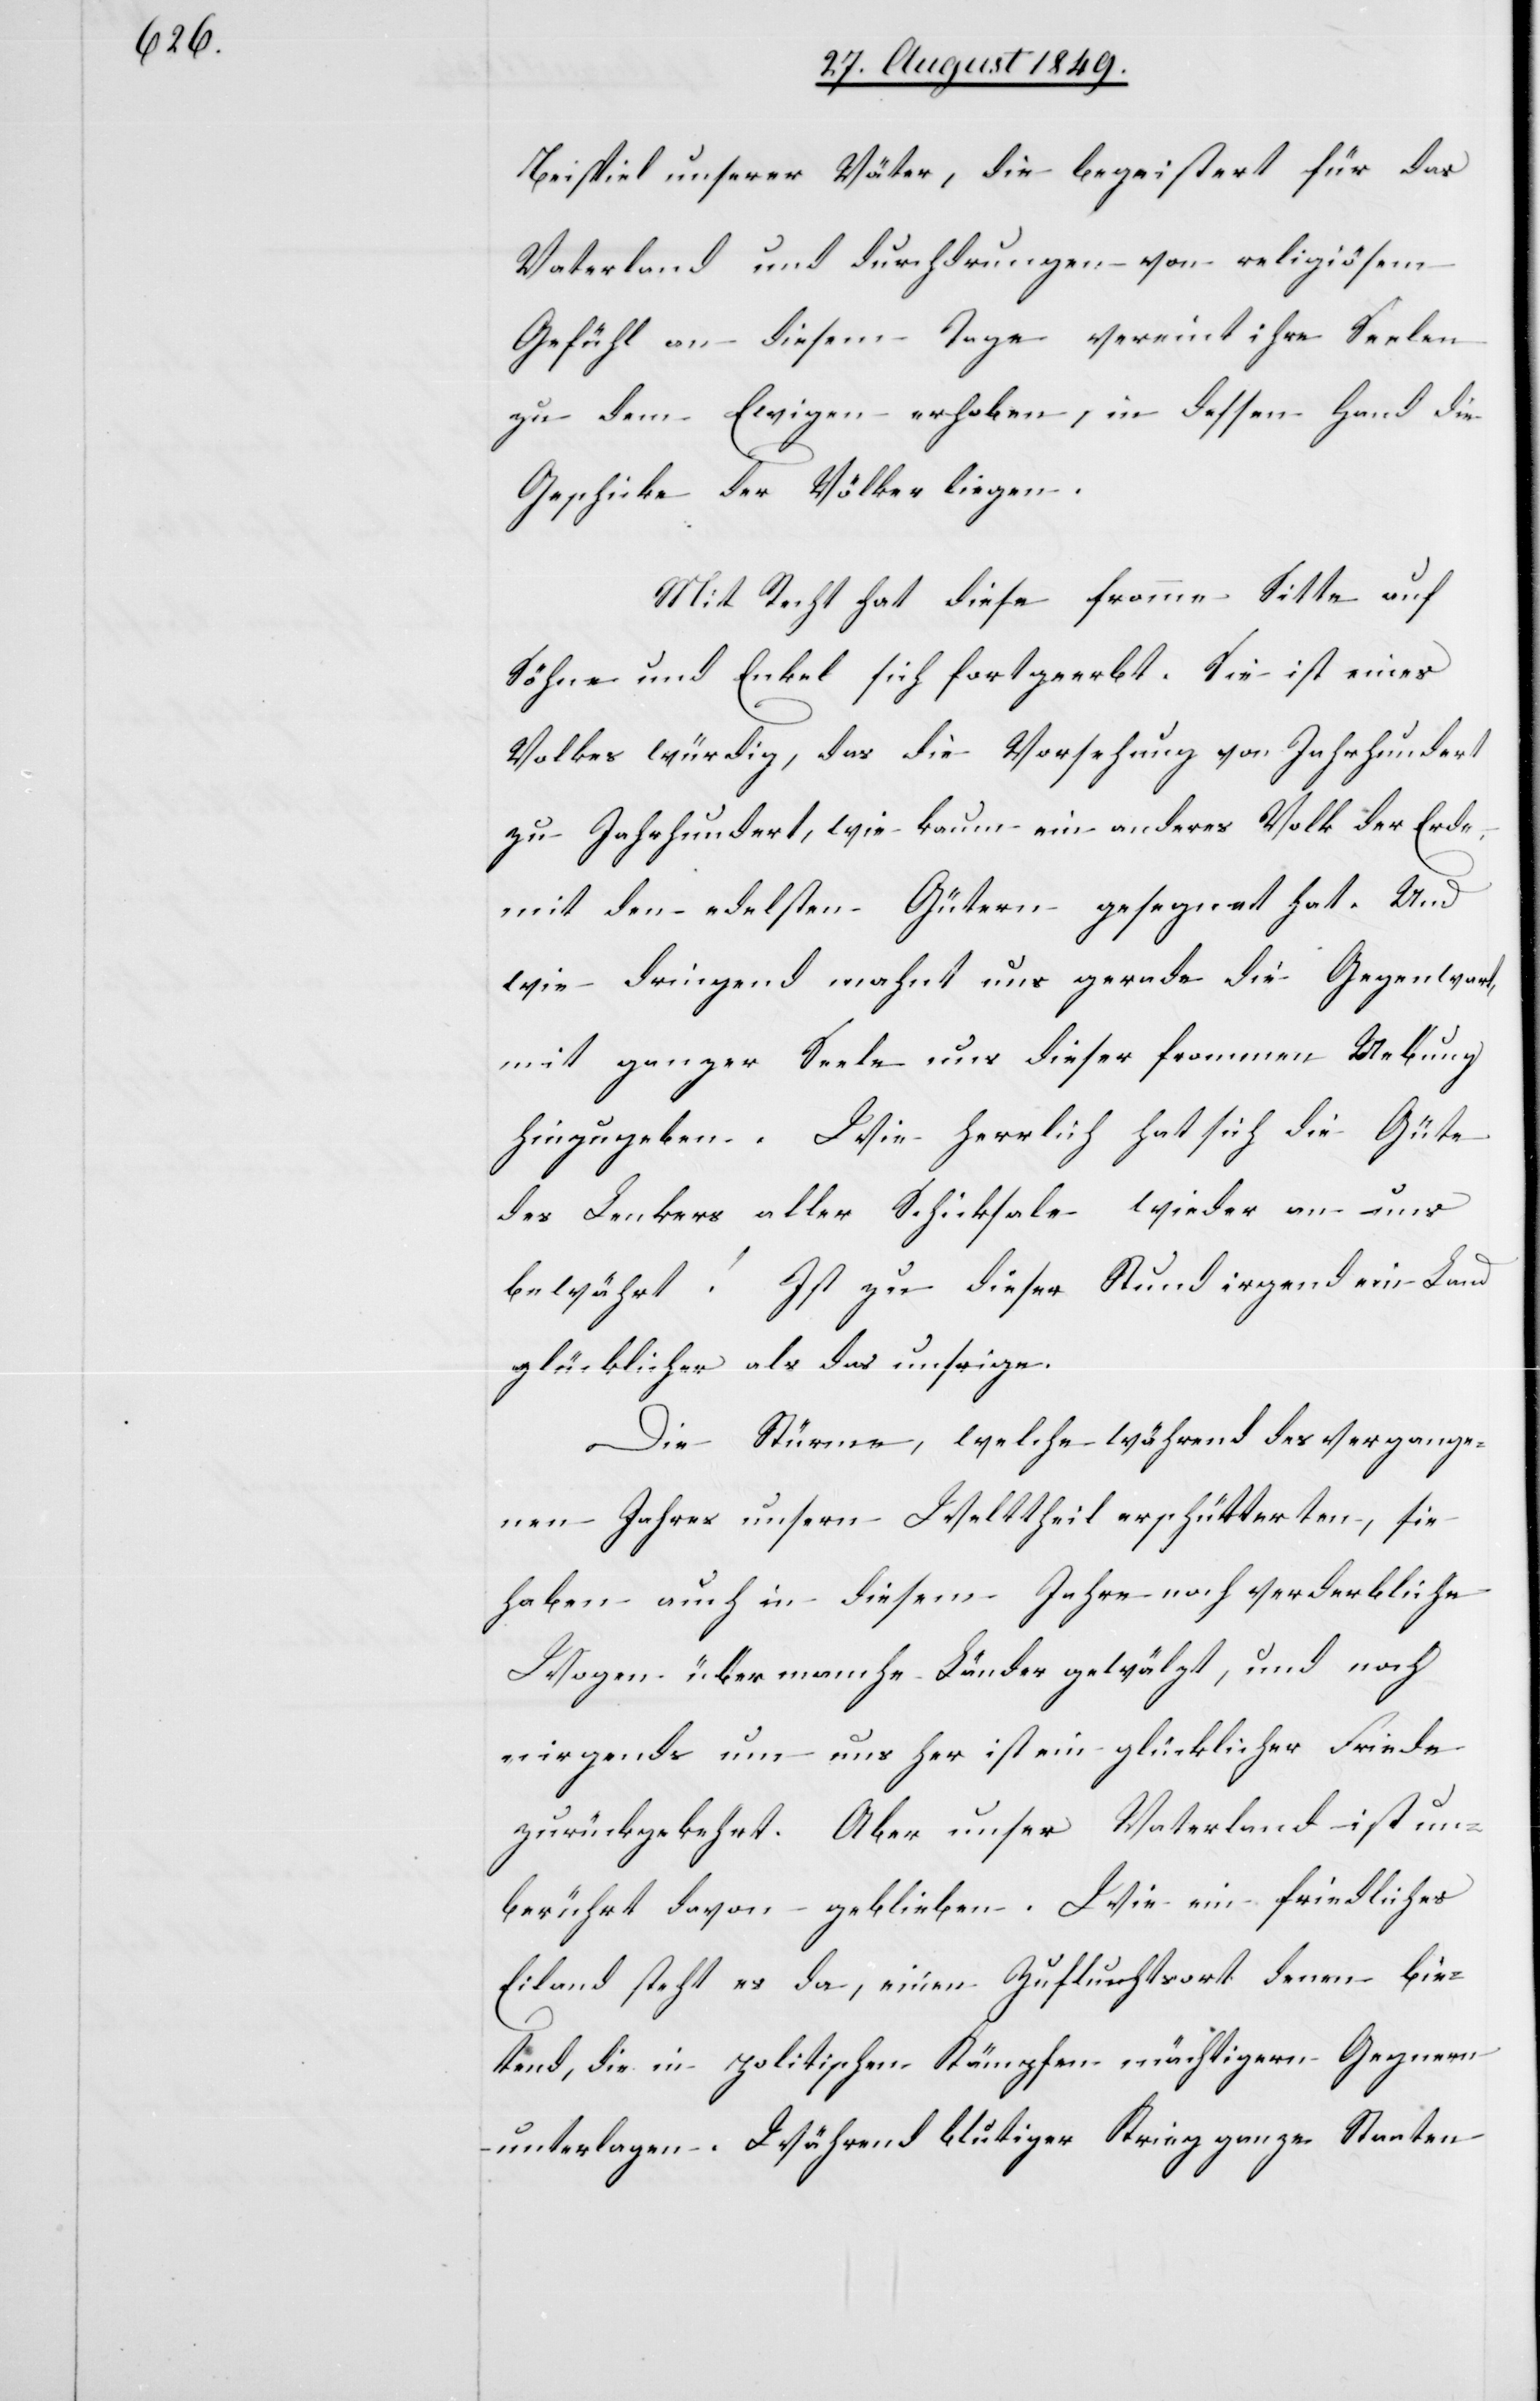
Beispiel unserer Väter, die begeistert für das
Vaterland und durchdrungen von religiösem
Gefühl an diesem Tage vereint ihre Seelen
zu dem Ewigen erhoben, in dessen Hand die
Geschicke der Völker liegen.
Mit Recht hat diese fromme Sitte auf
Söhne und Enkel sich fortgeerbt. Sie ist eines
Volkes würdig, das die Vorsehung von Jahrhundert
zu Jahrhundert, wie kaum ein anderes Volk der Erde,
mit den edelsten Gütern gesegnet hat. Und
wie dringend mahnt uns gerade die Gegenwart,
mit ganzer Seele uns dieser frommen Uebung
hinzugeben. Wie herrlich hat sich die Güte
des Lenkers aller Schicksale wieder an uns
bewährt! Ist zu dieser Stund irgend ein Land
glücklicher als das unsrige.
Die Stürme, welche während des vergange¬
nen Jahres unsern Welttheil erschütterten, sie
haben auch in diesem Jahre noch verderbliche
Wogen über manche Länder gewälzt, und noch
nirgends um uns her ist ein glücklicher Friede
zurückgekehrt. Aber unser Vaterland ist un¬
berührt davon geblieben. Wie ein friedliches
Eiland steht es da, einen Zufluchtsort denen bie¬
tend, die in politischen Kämpfen mächtigern Gegnern
unterlagen. Während blutiger Krieg ganze Staaten